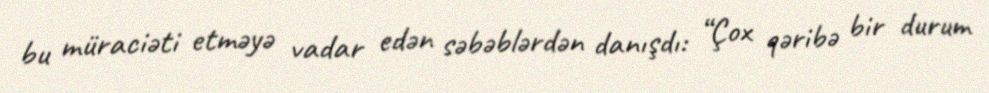
bu müraciəti etməyə vadar edən səbəblərdən danışdı: “Çox qəribə bir durum